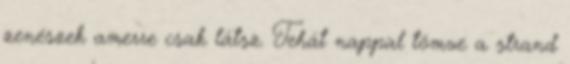
zenészek amerre csak látsz. Tehát nappal tömve a strand